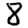
Digit: 8